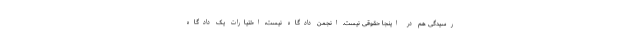
رسیدگی هم در اینجا حقوقی نیست. انجمن دادگاه نیست، اختیارات یک دادگاه